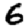
Digit: 6